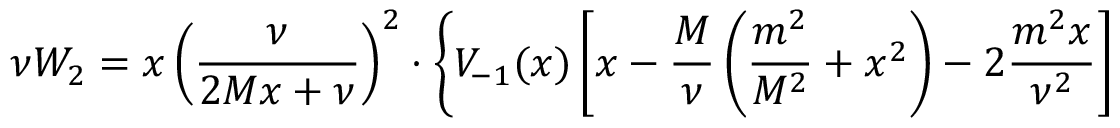
\nu W _ { 2 } = x \left( \frac \nu { 2 M x + \nu } \right) ^ { 2 } \cdot \left\{ V _ { - 1 } ( x ) \left[ x - \frac M \nu \left( \frac { m ^ { 2 } } { M ^ { 2 } } + x ^ { 2 } \right) - 2 \frac { m ^ { 2 } x } { \nu ^ { 2 } } \right] \right.